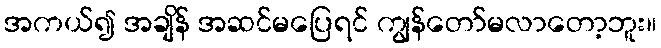
အကယ်၍ အချိန် အဆင်မပြေရင် ကျွန်တော်မလာတော့ဘူး။